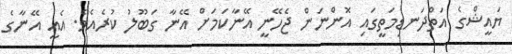
ޔައީޝްގެ އަތްދަނޑިމަތީގައި އޮންނަން ޖެހޭނީ އޭނާކަމަށް އޭނާ ގަބޫލު ކުރެއެވެ. އެއީ އޭނާގެ